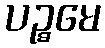
ပဉ္စမေ